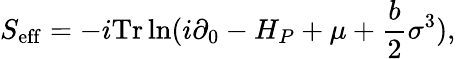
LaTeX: S_{\mathrm{eff}}=-i\mathrm{Tr}\ln(i\partial_{0}-H_{P}+\mu+\frac{b}{2}\sigma^{3}),